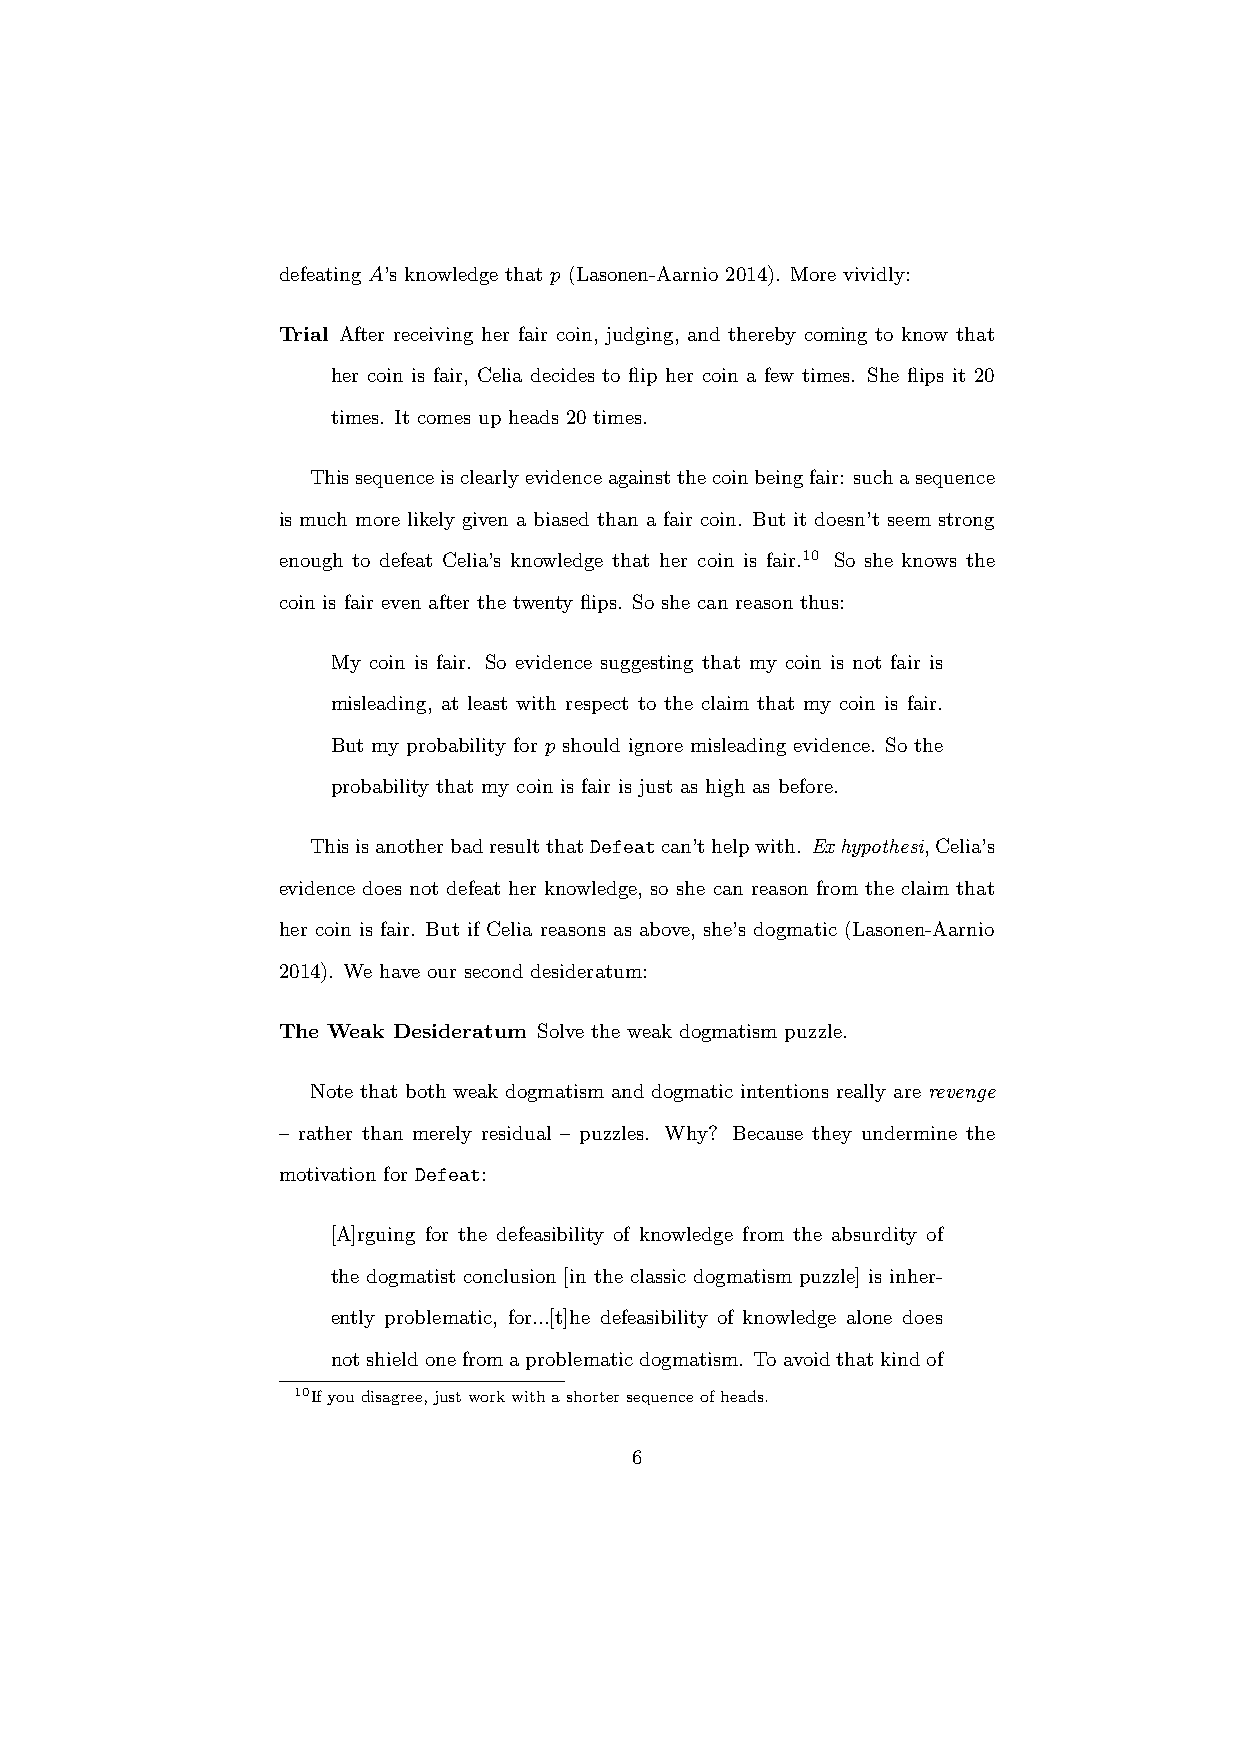
defeating A’s knowledge that p (Lasonen-Aarnio 2014). More vividly:
 Trial After receiving her fair coin, judging, and thereby coming to know that
 her coin is fair, Celia decides to flip her coin a few times. She flips it 20
 times. It comes up heads 20 times.
 Thissequenceisclearlyevidenceagainstthecoinbeingfair: suchasequence
 is much more likely given a biased than a fair coin. But it doesn’t seem strong
 enough to defeat Celia’s knowledge that her coin is fair.10 So she knows the
 coin is fair even after the twenty flips. So she can reason thus:
 My coin is fair. So evidence suggesting that my coin is not fair is
 misleading, at least with respect to the claim that my coin is fair.
 But my probability for p should ignore misleading evidence. So the
 probability that my coin is fair is just as high as before.
 ThisisanotherbadresultthatDefeatcan’thelpwith. Ex hypothesi,Celia’s
 evidence does not defeat her knowledge, so she can reason from the claim that
 her coin is fair. But if Celia reasons as above, she’s dogmatic (Lasonen-Aarnio
 2014). We have our second desideratum:
 The Weak Desideratum Solve the weak dogmatism puzzle.
 Note that both weak dogmatism and dogmatic intentions really are revenge
 – rather than merely residual – puzzles. Why? Because they undermine the
 motivation for Defeat:
 [A]rguing for the defeasibility of knowledge from the absurdity of
 the dogmatist conclusion [in the classic dogmatism puzzle] is inher-
 ently problematic, for...[t]he defeasibility of knowledge alone does
 notshieldonefromaproblematicdogmatism. Toavoidthatkindof
 10Ifyoudisagree,justworkwithashortersequenceofheads.
 6